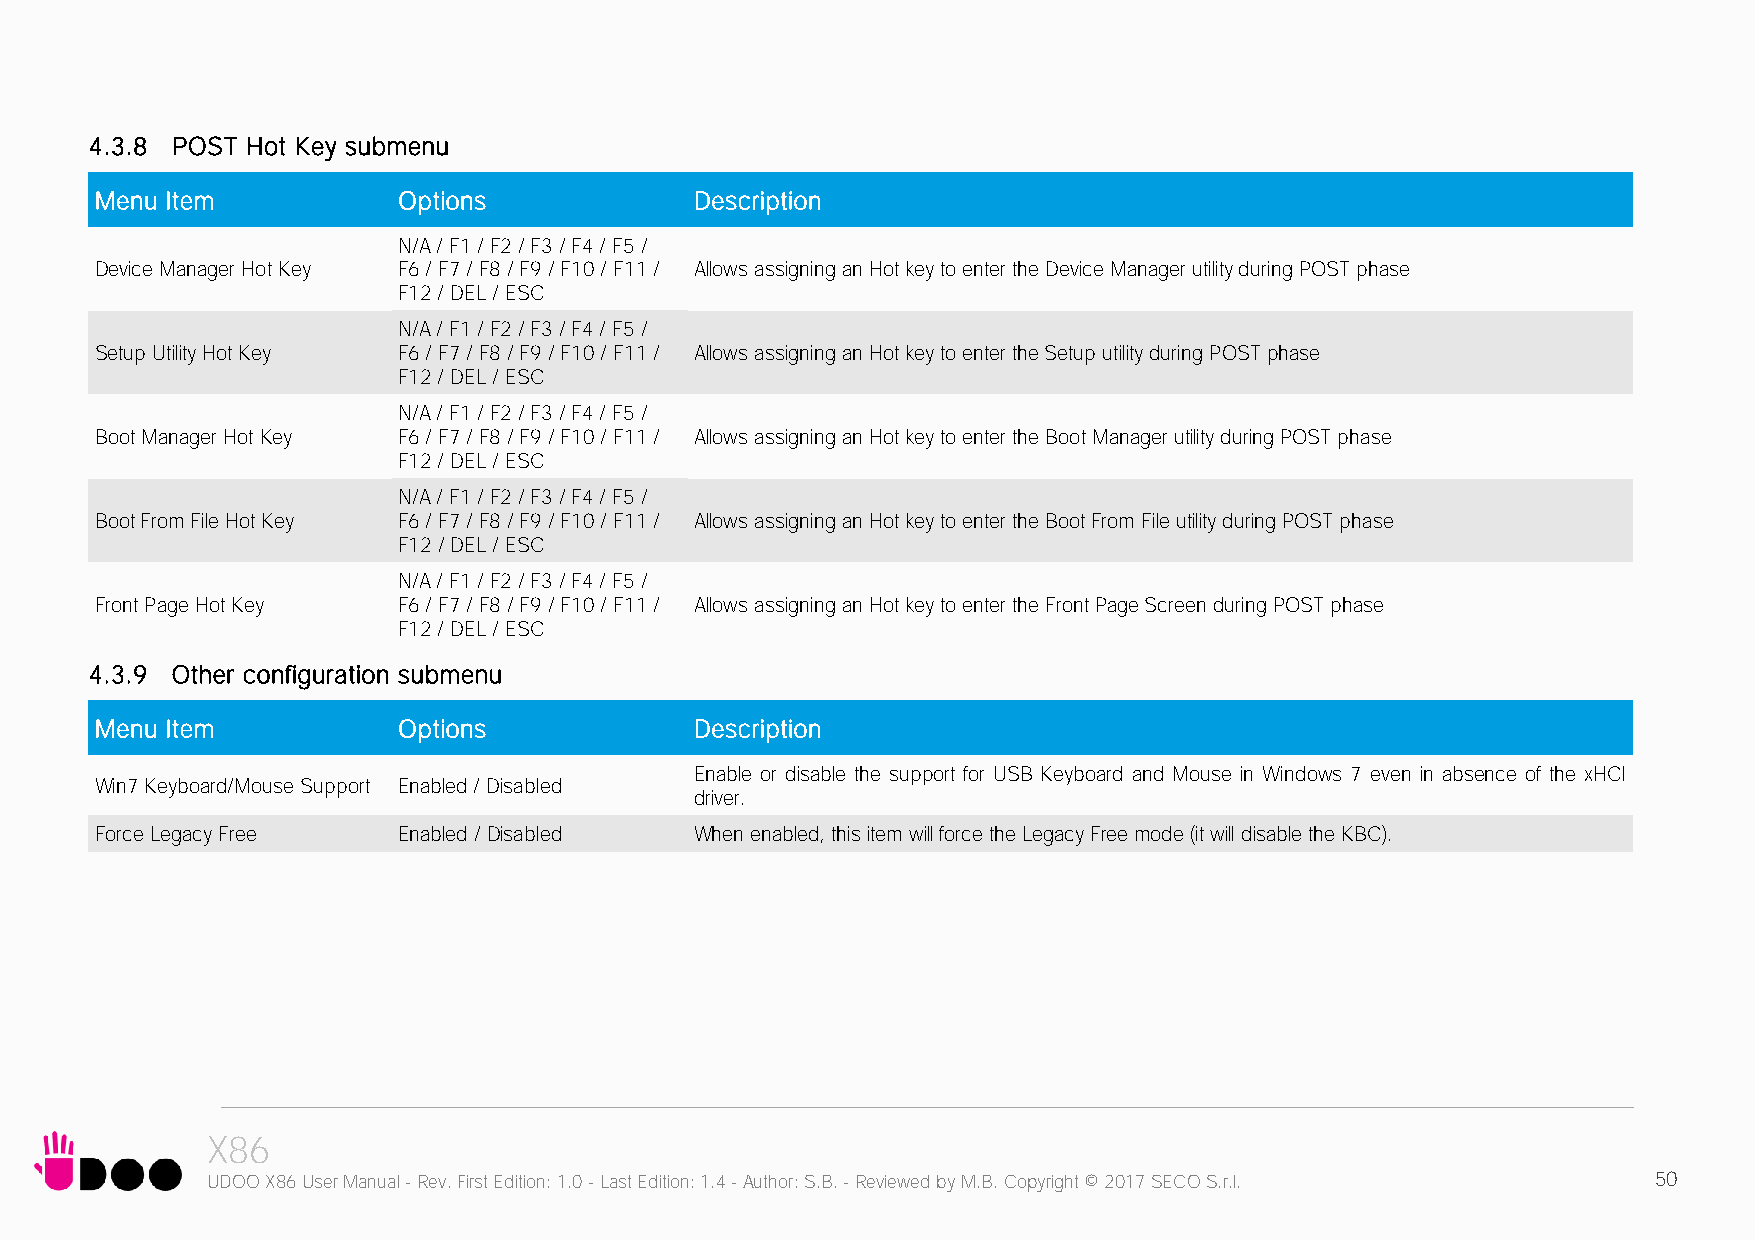
4.3.8 POST Hot Key submenu
 Menu Item           Options             Description
 N/A / F1 / F2 / F3 / F4 / F5 /
 Device Manager Hot Key F6 / F7 / F8 / F9 / F10 / F11 / Allows assigning an Hot key to enter the Device Manager utility during POST phase
 F12 / DEL / ESC
 N/A / F1 / F2 / F3 / F4 / F5 /
 Setup Utility Hot Key F6 / F7 / F8 / F9 / F10 / F11 / Allows assigning an Hot key to enter the Setup utility during POST phase
 F12 / DEL / ESC
 N/A / F1 / F2 / F3 / F4 / F5 /
 Boot Manager Hot Key F6 / F7 / F8 / F9 / F10 / F11 / Allows assigning an Hot key to enter the Boot Manager utility during POST phase
 F12 / DEL / ESC
 N/A / F1 / F2 / F3 / F4 / F5 /
 Boot From File Hot Key F6 / F7 / F8 / F9 / F10 / F11 / Allows assigning an Hot key to enter the Boot From File utility during POST phase
 F12 / DEL / ESC
 N/A / F1 / F2 / F3 / F4 / F5 /
 Front Page Hot Key  F6 / F7 / F8 / F9 / F10 / F11 / Allows assigning an Hot key to enter the Front Page Screen during POST phase
 F12 / DEL / ESC
 4.3.9 Other configuration submenu
 Menu Item           Options             Description
 Enable or disable the support for USB Keyboard and Mouse in Windows 7 even in absence of the xHCI
 Win7 Keyboard/Mouse Support Enabled / Disabled
 driver.
 Force Legacy Free   Enabled / Disabled  When enabled, this item will force the Legacy Free mode (it will disable the KBC).
 X86
 UDOO X86 User Manual - Rev. First Edition: 1.0 - Last Edition: 1.4 - Author: S.B. - Reviewed by M.B. Copyright © 2017 SECO S.r.l. 50